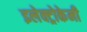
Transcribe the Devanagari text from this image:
इलेक्ट्रोकेमी